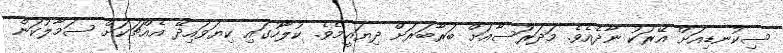
ސިކުނޑިއަށް އޭރަކު ނާދެއެވެ. މަދަރަުސާއަށް ބަރާބަރަށް ދިޔައީމެވެ. ކުލާހުގައި ކިޔަވައިދޭ އެއްޗަކަށް ސަމާލުކަން